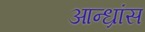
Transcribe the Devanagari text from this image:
आन्ध्रांस